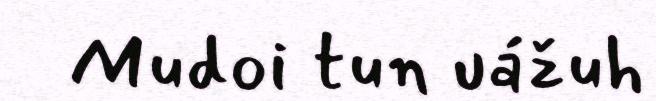
Mudoi tun uážuh